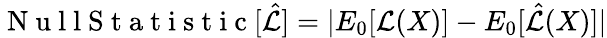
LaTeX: \mathrm{~N~u~l~l~S~t~a~t~i~s~t~i~c~}[\hat{\mathcal{L}}]=|E_{0}[\mathcal{L}(X)]-E_{0}[\hat{\mathcal{L}}(X)]|